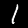
Digit: 1